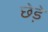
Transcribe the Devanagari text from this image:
छेडे़